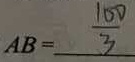
A B = \frac { 1 0 0 } { 3 }